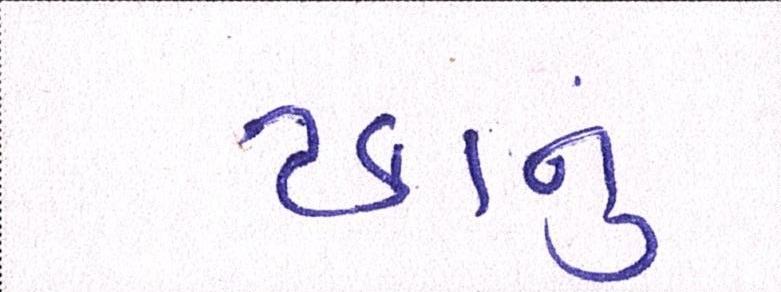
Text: ટકાનું